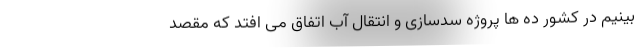
بینیم در کشور ده ها پروژه سدسازی و انتقال آب اتفاق می افتد که مقصد